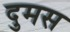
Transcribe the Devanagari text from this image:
दुमस